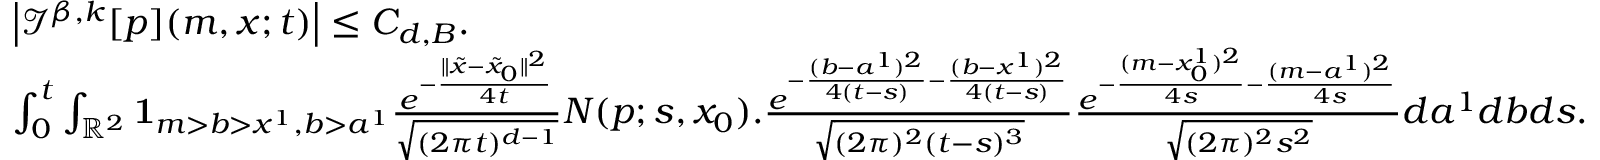
\begin{array} { r l } & { \left| { \mathcal I } ^ { \beta , k } [ p ] ( m , x ; t ) \right| \leq C _ { d , B } . } \\ & { \int _ { 0 } ^ { t } \int _ { \mathbb { R } ^ { 2 } } { \mathbf 1 } _ { m > b > x ^ { 1 } , b > a ^ { 1 } } \frac { e ^ { - \frac { \| \tilde { x } - \tilde { x } _ { 0 } \| ^ { 2 } } { 4 t } } } { \sqrt { ( 2 \pi t ) ^ { d - 1 } } } N ( p ; s , x _ { 0 } ) . \frac { e ^ { - \frac { ( b - a ^ { 1 } ) ^ { 2 } } { 4 ( t - s ) } - \frac { ( b - x ^ { 1 } ) ^ { 2 } } { 4 ( t - s ) } } } { \sqrt { ( 2 \pi ) ^ { 2 } ( t - s ) ^ { 3 } } } \frac { e ^ { - \frac { ( m - x _ { 0 } ^ { 1 } ) ^ { 2 } } { 4 s } - \frac { ( m - a ^ { 1 } ) ^ { 2 } } { 4 s } } } { \sqrt { ( 2 \pi ) ^ { 2 } { s ^ { 2 } } } } d a ^ { 1 } d b d s . } \end{array}